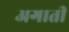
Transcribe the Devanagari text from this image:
अगाती